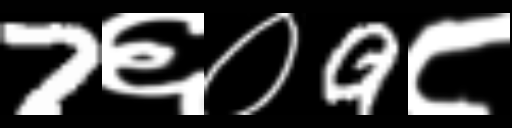
Text: 7६०9८